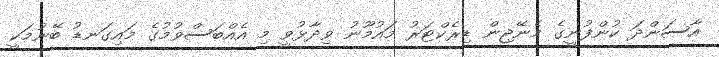
އާސަންދަ ކުންފުނީގެ މެނޭޖިން ޑިރެކްޓަރު މައުމޫނު ވިދާޅުވީ މި އެއްބަސްވުމުގެ މައިގަނޑު ބޭނުމަކީ